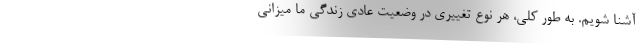
آشنا شویم. به طور کلی، هر نوع تغییری در وضعیت عادی زندگی ما میزانی